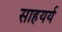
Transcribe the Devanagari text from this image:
साहयर्य